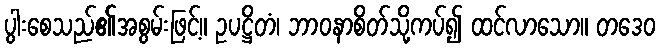
ပွါးစေသည်၏အစွမ်းဖြင့်။ ဥပဋ္ဌိတံ၊ ဘာဝနာစိတ်သို့ကပ်၍ ထင်လာသော။ တဒေဝ